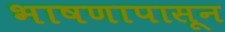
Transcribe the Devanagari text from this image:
भाषणापासून